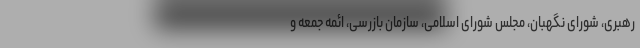
رهبری، شورای نگهبان، مجلس شورای اسلامی، سازمان بازرسی، ائمه جمعه و